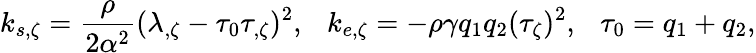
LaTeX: k_{s,\zeta}={\frac{\rho}{2\alpha^{2}}}(\lambda_{,\zeta}-\tau_{0}\tau_{,\zeta})^{2},\ \ \ k_{e,\zeta}=-\rho\gamma q_{1}q_{2}(\tau_{\zeta})^{2},\ \ \ \tau_{0}=q_{1}+q_{2},